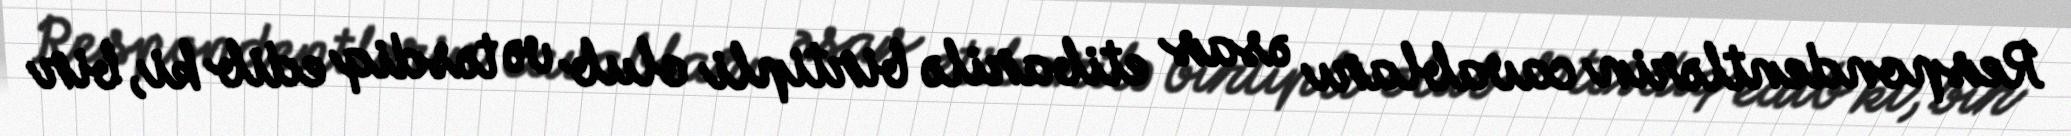
Respondentlərin cavabları əsas etibarilə birtipli olub və təsdiq edib ki, bir